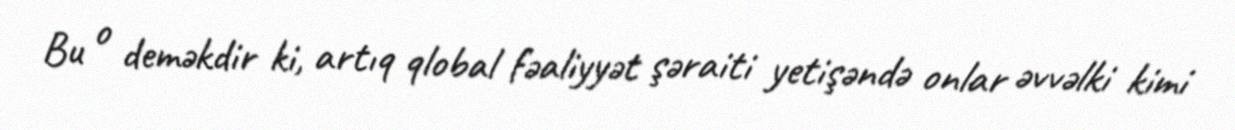
Bu o deməkdir ki, artıq qlobal fəaliyyət şəraiti yetişəndə onlar əvvəlki kimi